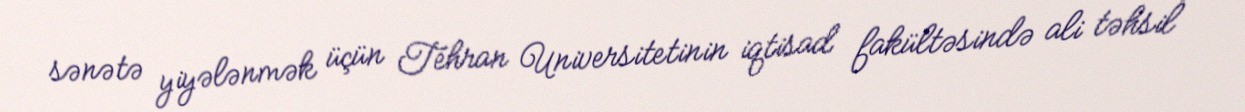
sənətə yiyələnmək üçün Tehran Universitetinin iqtisad fakültəsində ali təhsil